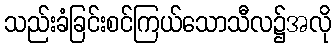
သည်းခံခြင်းစင်ကြယ်သောသီလ၌အလို